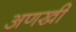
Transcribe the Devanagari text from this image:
अणखी